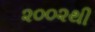
૨૦૦૨થી